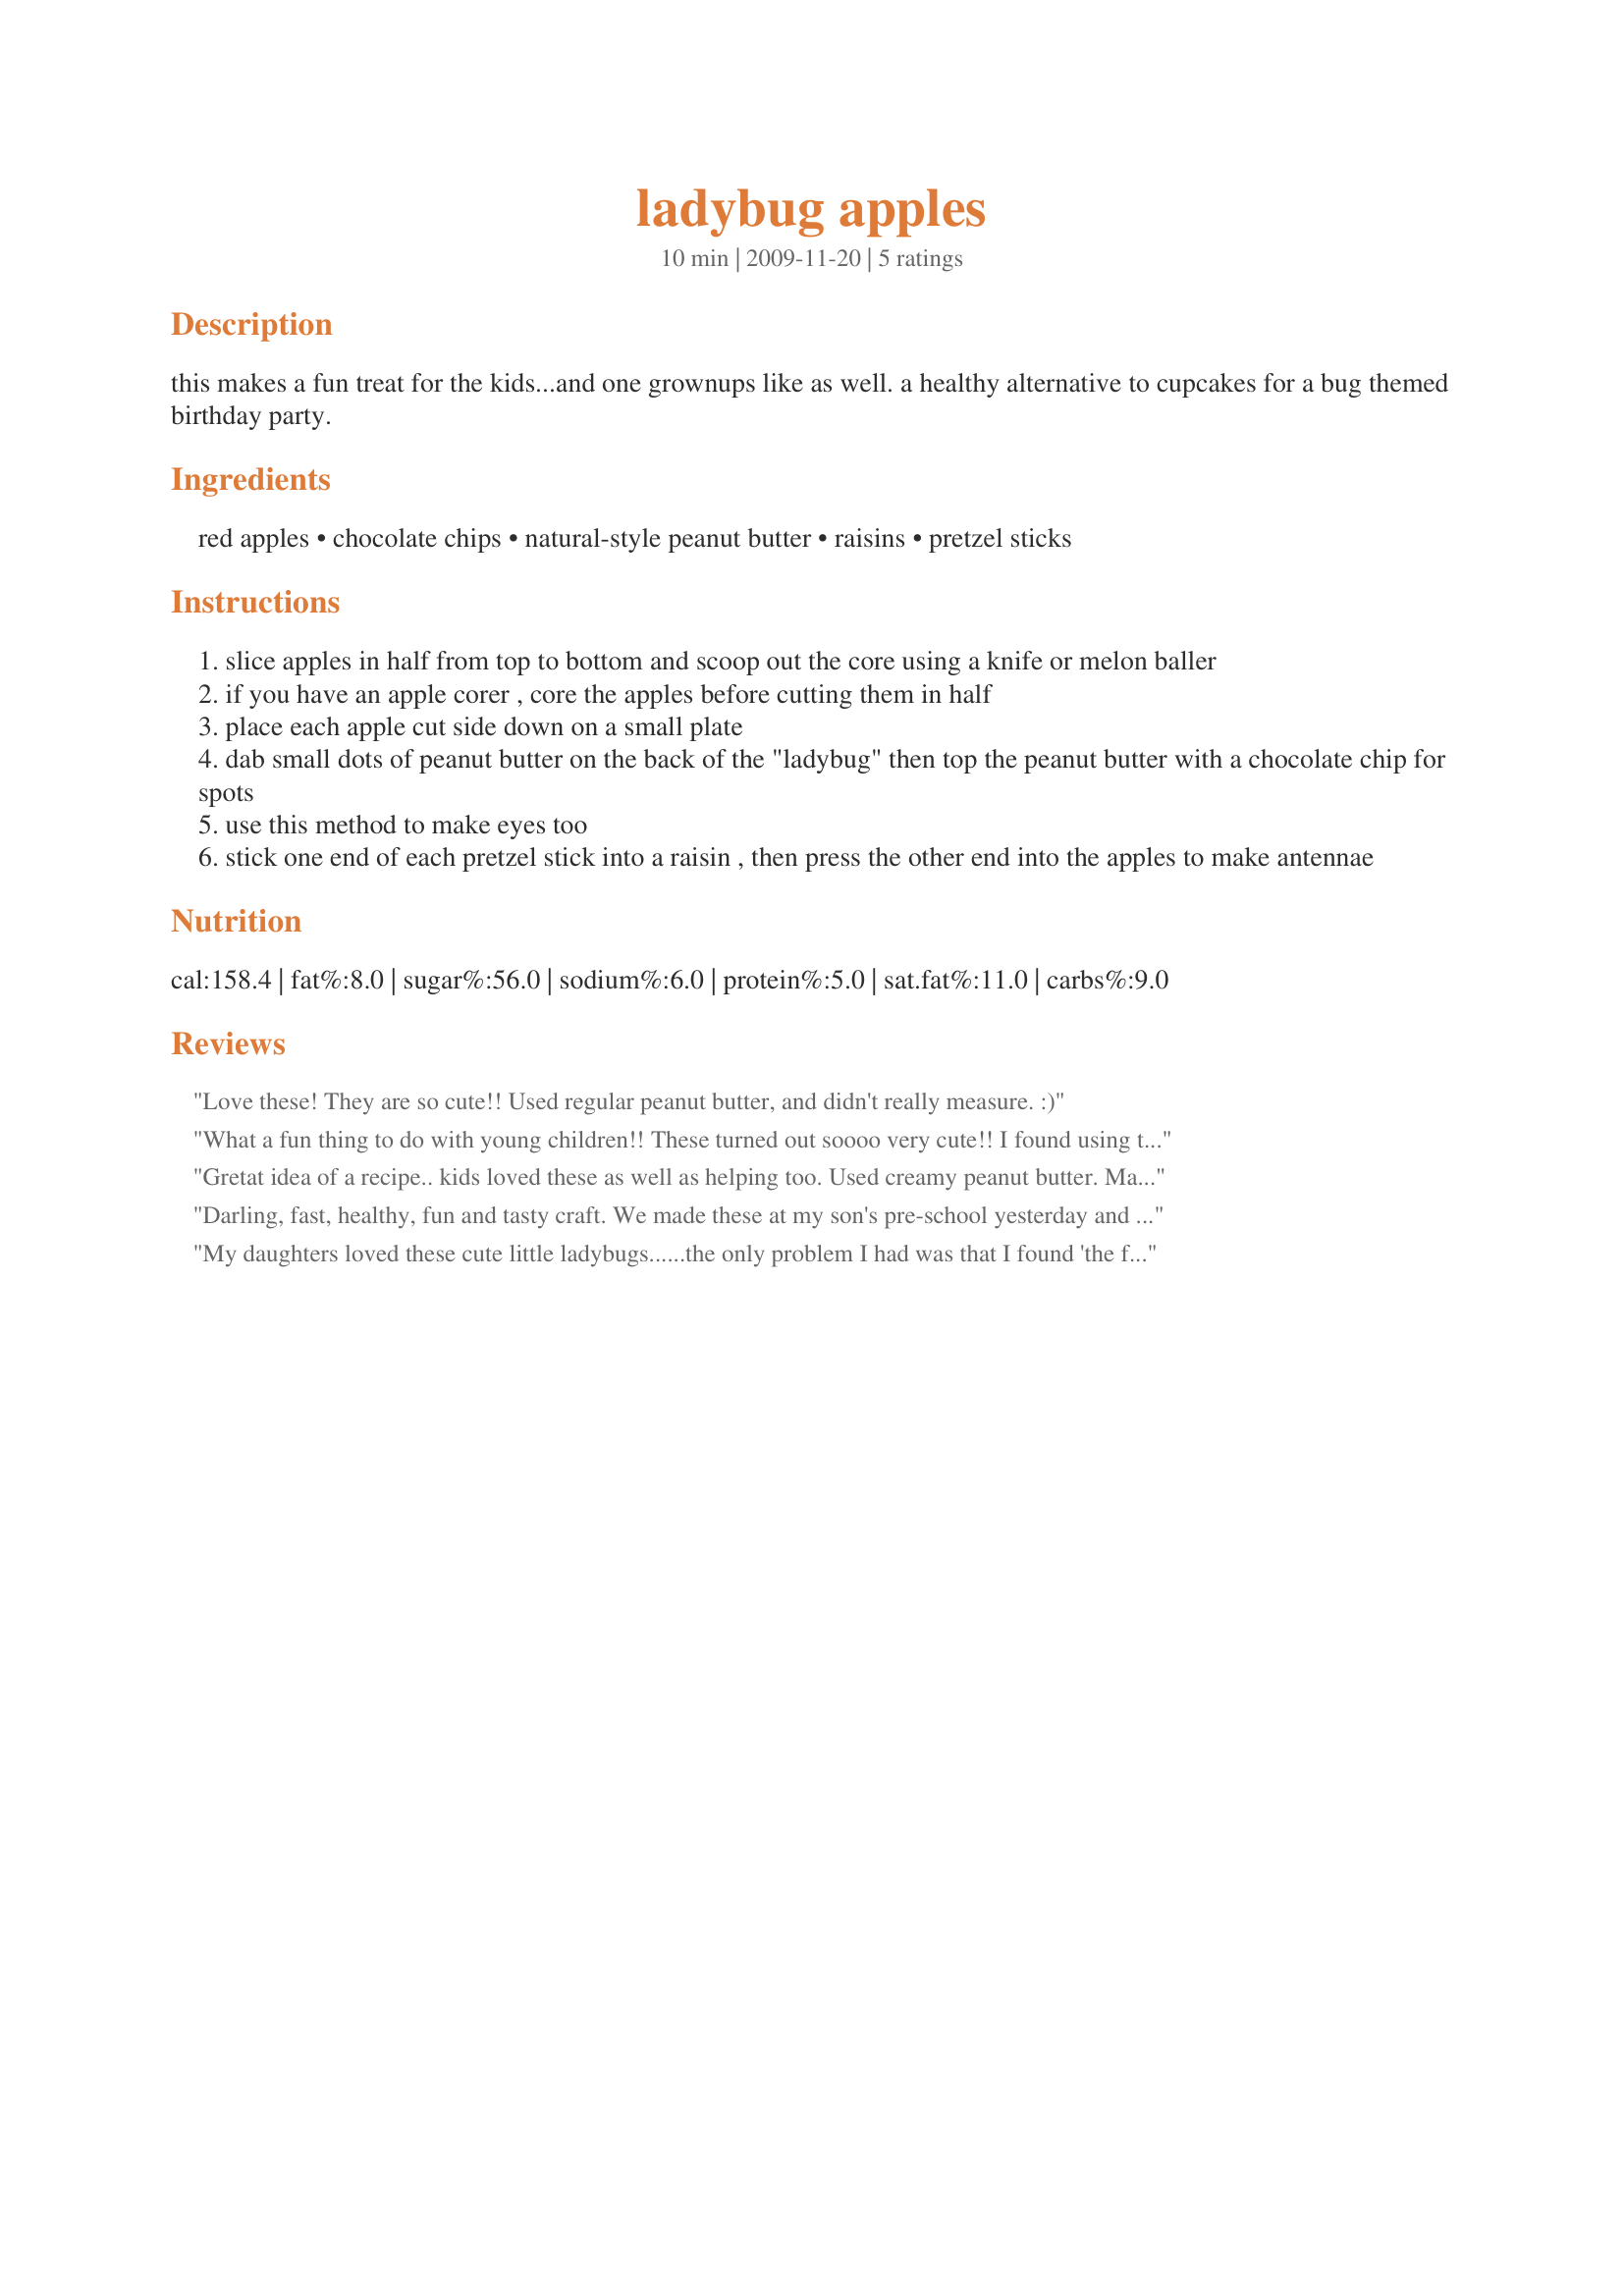
ladybug apples
Preparation time: 10 minutes

this makes a fun treat for the kids...and one grownups like as well. a healthy alternative to cupcakes for a bug themed birthday party.

Ingredients:
red apples, chocolate chips, natural-style peanut butter, raisins, pretzel sticks

Steps:
slice apples in half from top to bottom and scoop out the core using a knife or melon baller
if you have an apple corer , core the apples before cutting them in half
place each apple cut side down on a small plate
dab small dots of peanut butter on the back of the "ladybug" then top the peanut butter with a chocolate chip for spots
use this method to make eyes too
stick one end of each pretzel stick into a raisin , then press the other end into the apples to make antennae

Reviews:
Love these! They are so cute!! Used regular peanut butter, and didn't really measure. :)
What a fun thing to do with young children!! These turned out soooo very cute!! I found using the melon baller to remove all the core after slicing in half was very easy and allowed a 5 yo to help much more! Tagged and made for Potluck Tag Game!
Gretat idea of a recipe.. kids loved these as well as helping too. Used creamy peanut butter. Made for Recipe Swap #46.
Darling, fast, healthy, fun and tasty craft. We made these at my son's pre-school yesterday and the boys and girls alike got a kick out of them. We used white icing for sticking of the chocolate chips. Thanks for posting!
My daughters loved these cute little ladybugs......the only problem I had was that I found 'the fairies' had eaten my chocolate chips and so we used chunks of a dark chocolate instead. Very cute and very easy to make. For a nut-free child, you could substitute the peanut butter for cream cheese or a white icing paste. Photo also to be posted
